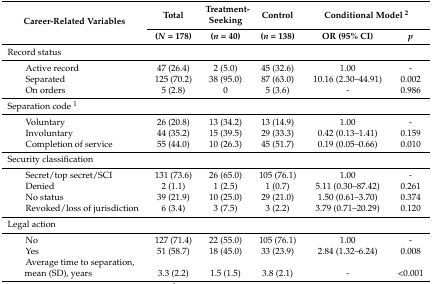
| <ROWSPAN=2> Career-Related Variables | Total | Treatment-Seeking | Control | <COLSPAN=2> Conditional Model 2 |
 | (N = 178) | (n = 40) | (n = 138) | OR (95% CI) | p |
 | --- | --- | --- | --- | --- | --- |
 | Record status |  |  |  |  |  |
 | Active record | 47 (26.4) | 2 (5.0) | 45 (32.6) | 1.00 | - |
 | Separated | 125 (70.2) | 38 (95.0) | 87 (63.0) | 10.16 (2.30–44.91) | 0.002 |
 | On orders | 5 (2.8) | 0 | 5 (3.6) | - | 0.986 |
 | Separation code 1 |  |  |  |  |  |
 | Voluntary | 26 (20.8) | 13 (34.2) | 13 (14.9) | 1.00 | - |
 | Involuntary | 44 (35.2) | 15 (39.5) | 29 (33.3) | 0.42 (0.13–1.41) | 0.159 |
 | Completion of service | 55 (44.0) | 10 (26.3) | 45 (51.7) | 0.19 (0.05–0.66) | 0.010 |
 | Security classification |  |  |  |  |  |
 | Secret/top secret/SCI | 131 (73.6) | 26 (65.0) | 105 (76.1) | 1.00 | - |
 | Denied | 2 (1.1) | 1 (2.5) | 1 (0.7) | 5.11 (0.30–87.42) | 0.261 |
 | No status | 39 (21.9) | 10 (25.0) | 29 (21.0) | 1.50 (0.61–3.70) | 0.374 |
 | Revoked/loss of jurisdiction | 6 (3.4) | 3 (7.5) | 3 (2.2) | 3.79 (0.71–20.29) | 0.120 |
 | Legal action |  |  |  |  |  |
 | No | 127 (71.4) | 22 (55.0) | 105 (76.1) | 1.00 | - |
 | Yes | 51 (58.7) | 18 (45.0) | 33 (23.9) | 2.84 (1.32–6.24) | 0.008 |
 | Average time to separation, mean (SD), years | 3.3 (2.2) | 1.5 (1.5) | 3.8 (2.1) | - | <0.001 |